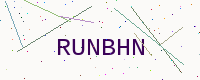
Text: RUNBHN